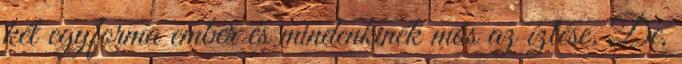
két egyforma ember és mindenkinek más az ízlése. De,